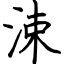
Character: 涑